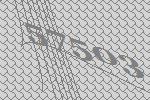
57503